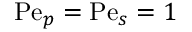
\mathrm { P e } _ { p } = \mathrm { P e } _ { s } = 1